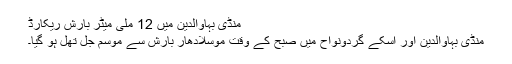
منڈی بہاوالدین میں 12 ملی میٹر بارش ریکارڈ
منڈی بہاوالدین اور اسکے گردونواح میں صبح کے وقت موسلادھار بارش سے موسم جل تھل ہو گیا۔